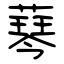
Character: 䔷